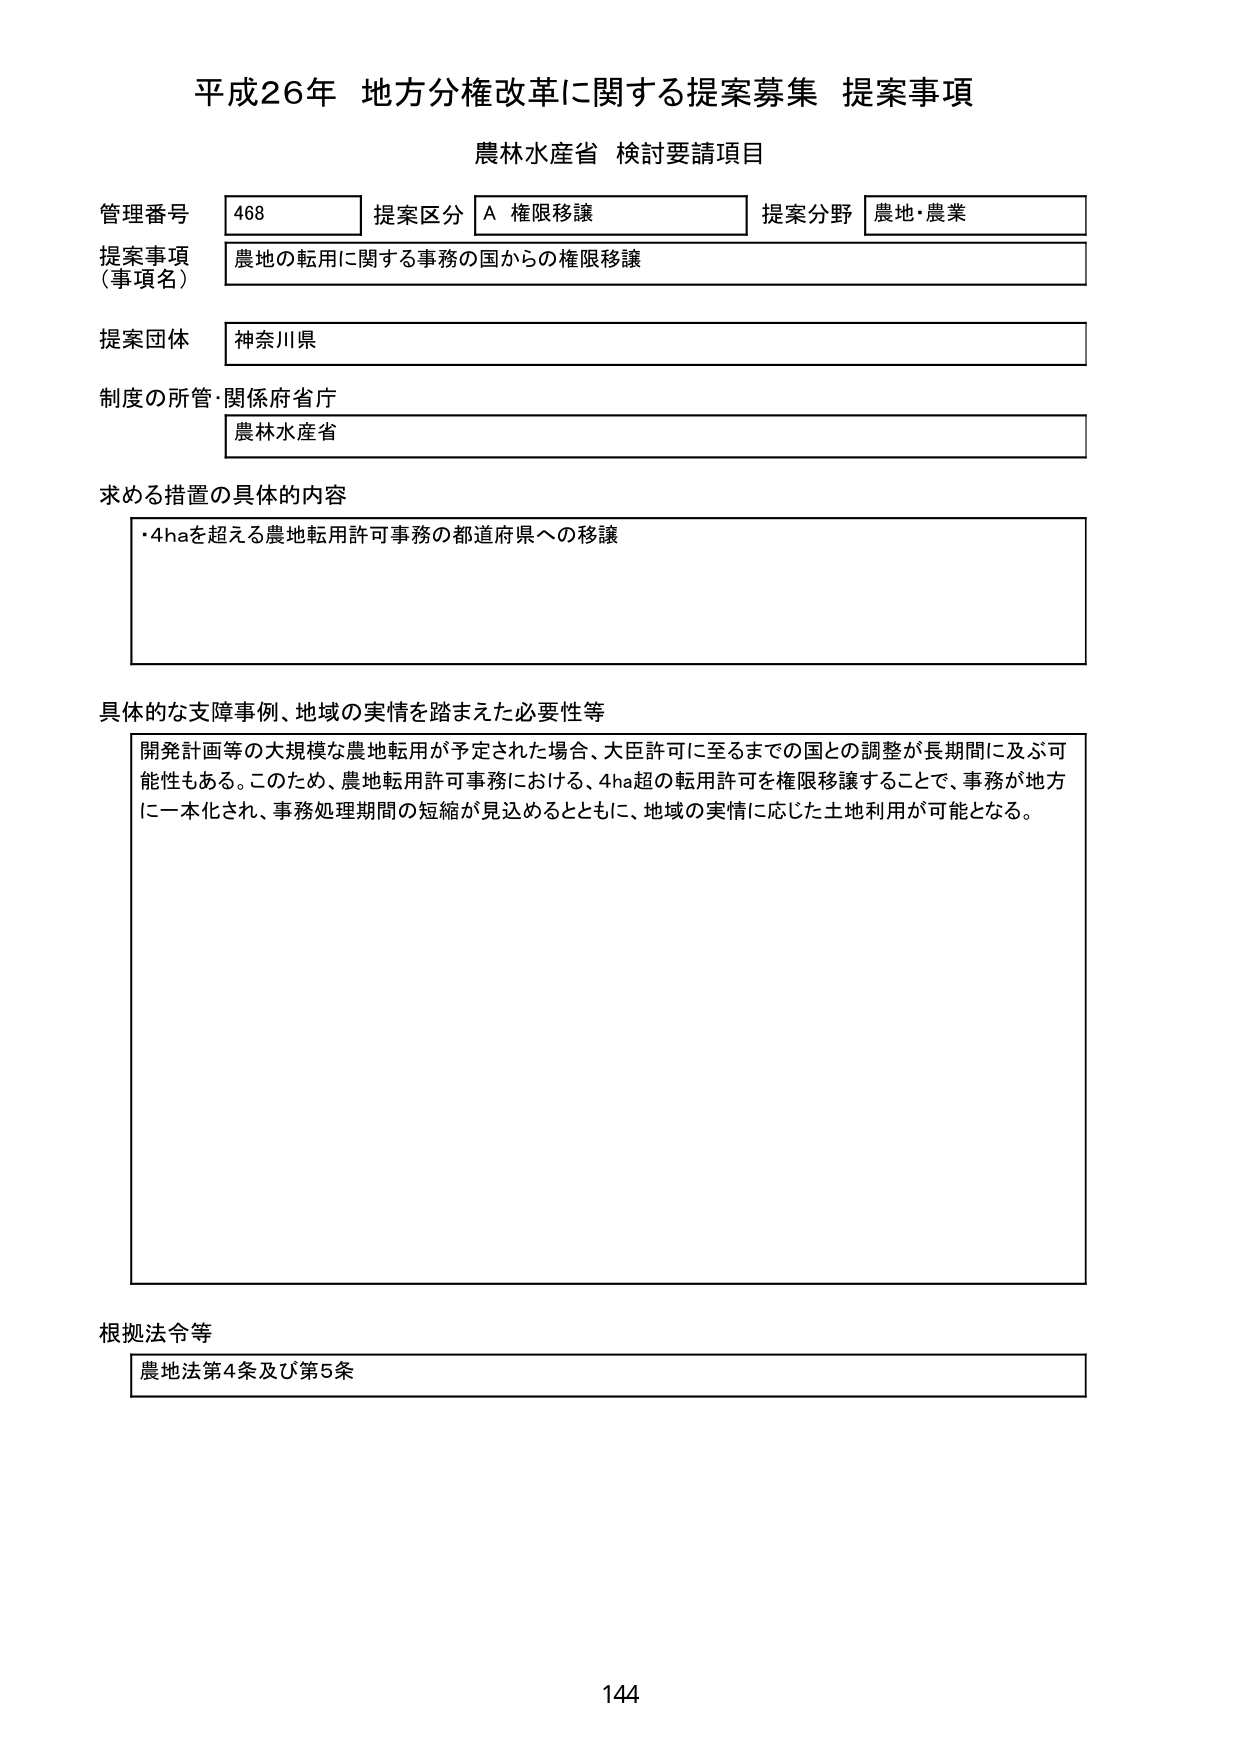
平成26年 地方分権改革に関する提案募集 提案事項
農林水産省 検討要請項目

管理番号 468 提案区分 A 権限移譲 提案分野 農地・農業
提案事項（事項名） 農地の転用に関する事務の国からの権限移譲
提案団体 神奈川県
制度の所管・関係府省庁 農林水産省

求める措置の具体的内容
・4haを超える農地転用許可事務の都道府県への移譲

具体的な支障事例、地域の実情を踏まえた必要性等
開発計画等の大規模な農地転用が予定された場合、大臣許可に至るまでの国との調整が長期間に及ぶ可能性もある。このため、農地転用許可事務における、4ha超の転用許可を権限移譲することで、事務が地方に一本化され、事務処理期間の短縮が見込めるとともに、地域の実情に応じた土地利用が可能となる。

根拠法令等
農地法第4条及び第5条

144